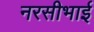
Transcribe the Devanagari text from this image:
नरसीभाई